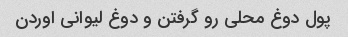
پول دوغ محلی رو گرفتن و دوغ لیوانی اوردن